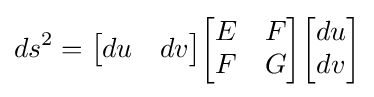
ds^{2}={\begin{bmatrix}du&dv\end{bmatrix}}{\begin{bmatrix}E&F\\F&G\end{bmatrix}}{\begin{bmatrix}du\\dv\end{bmatrix}}